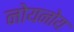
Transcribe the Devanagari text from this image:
नोयनोय